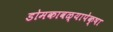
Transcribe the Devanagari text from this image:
डोमकावळ्यापेक्षा